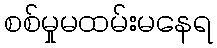
စစ်မှုမထမ်းမနေရ